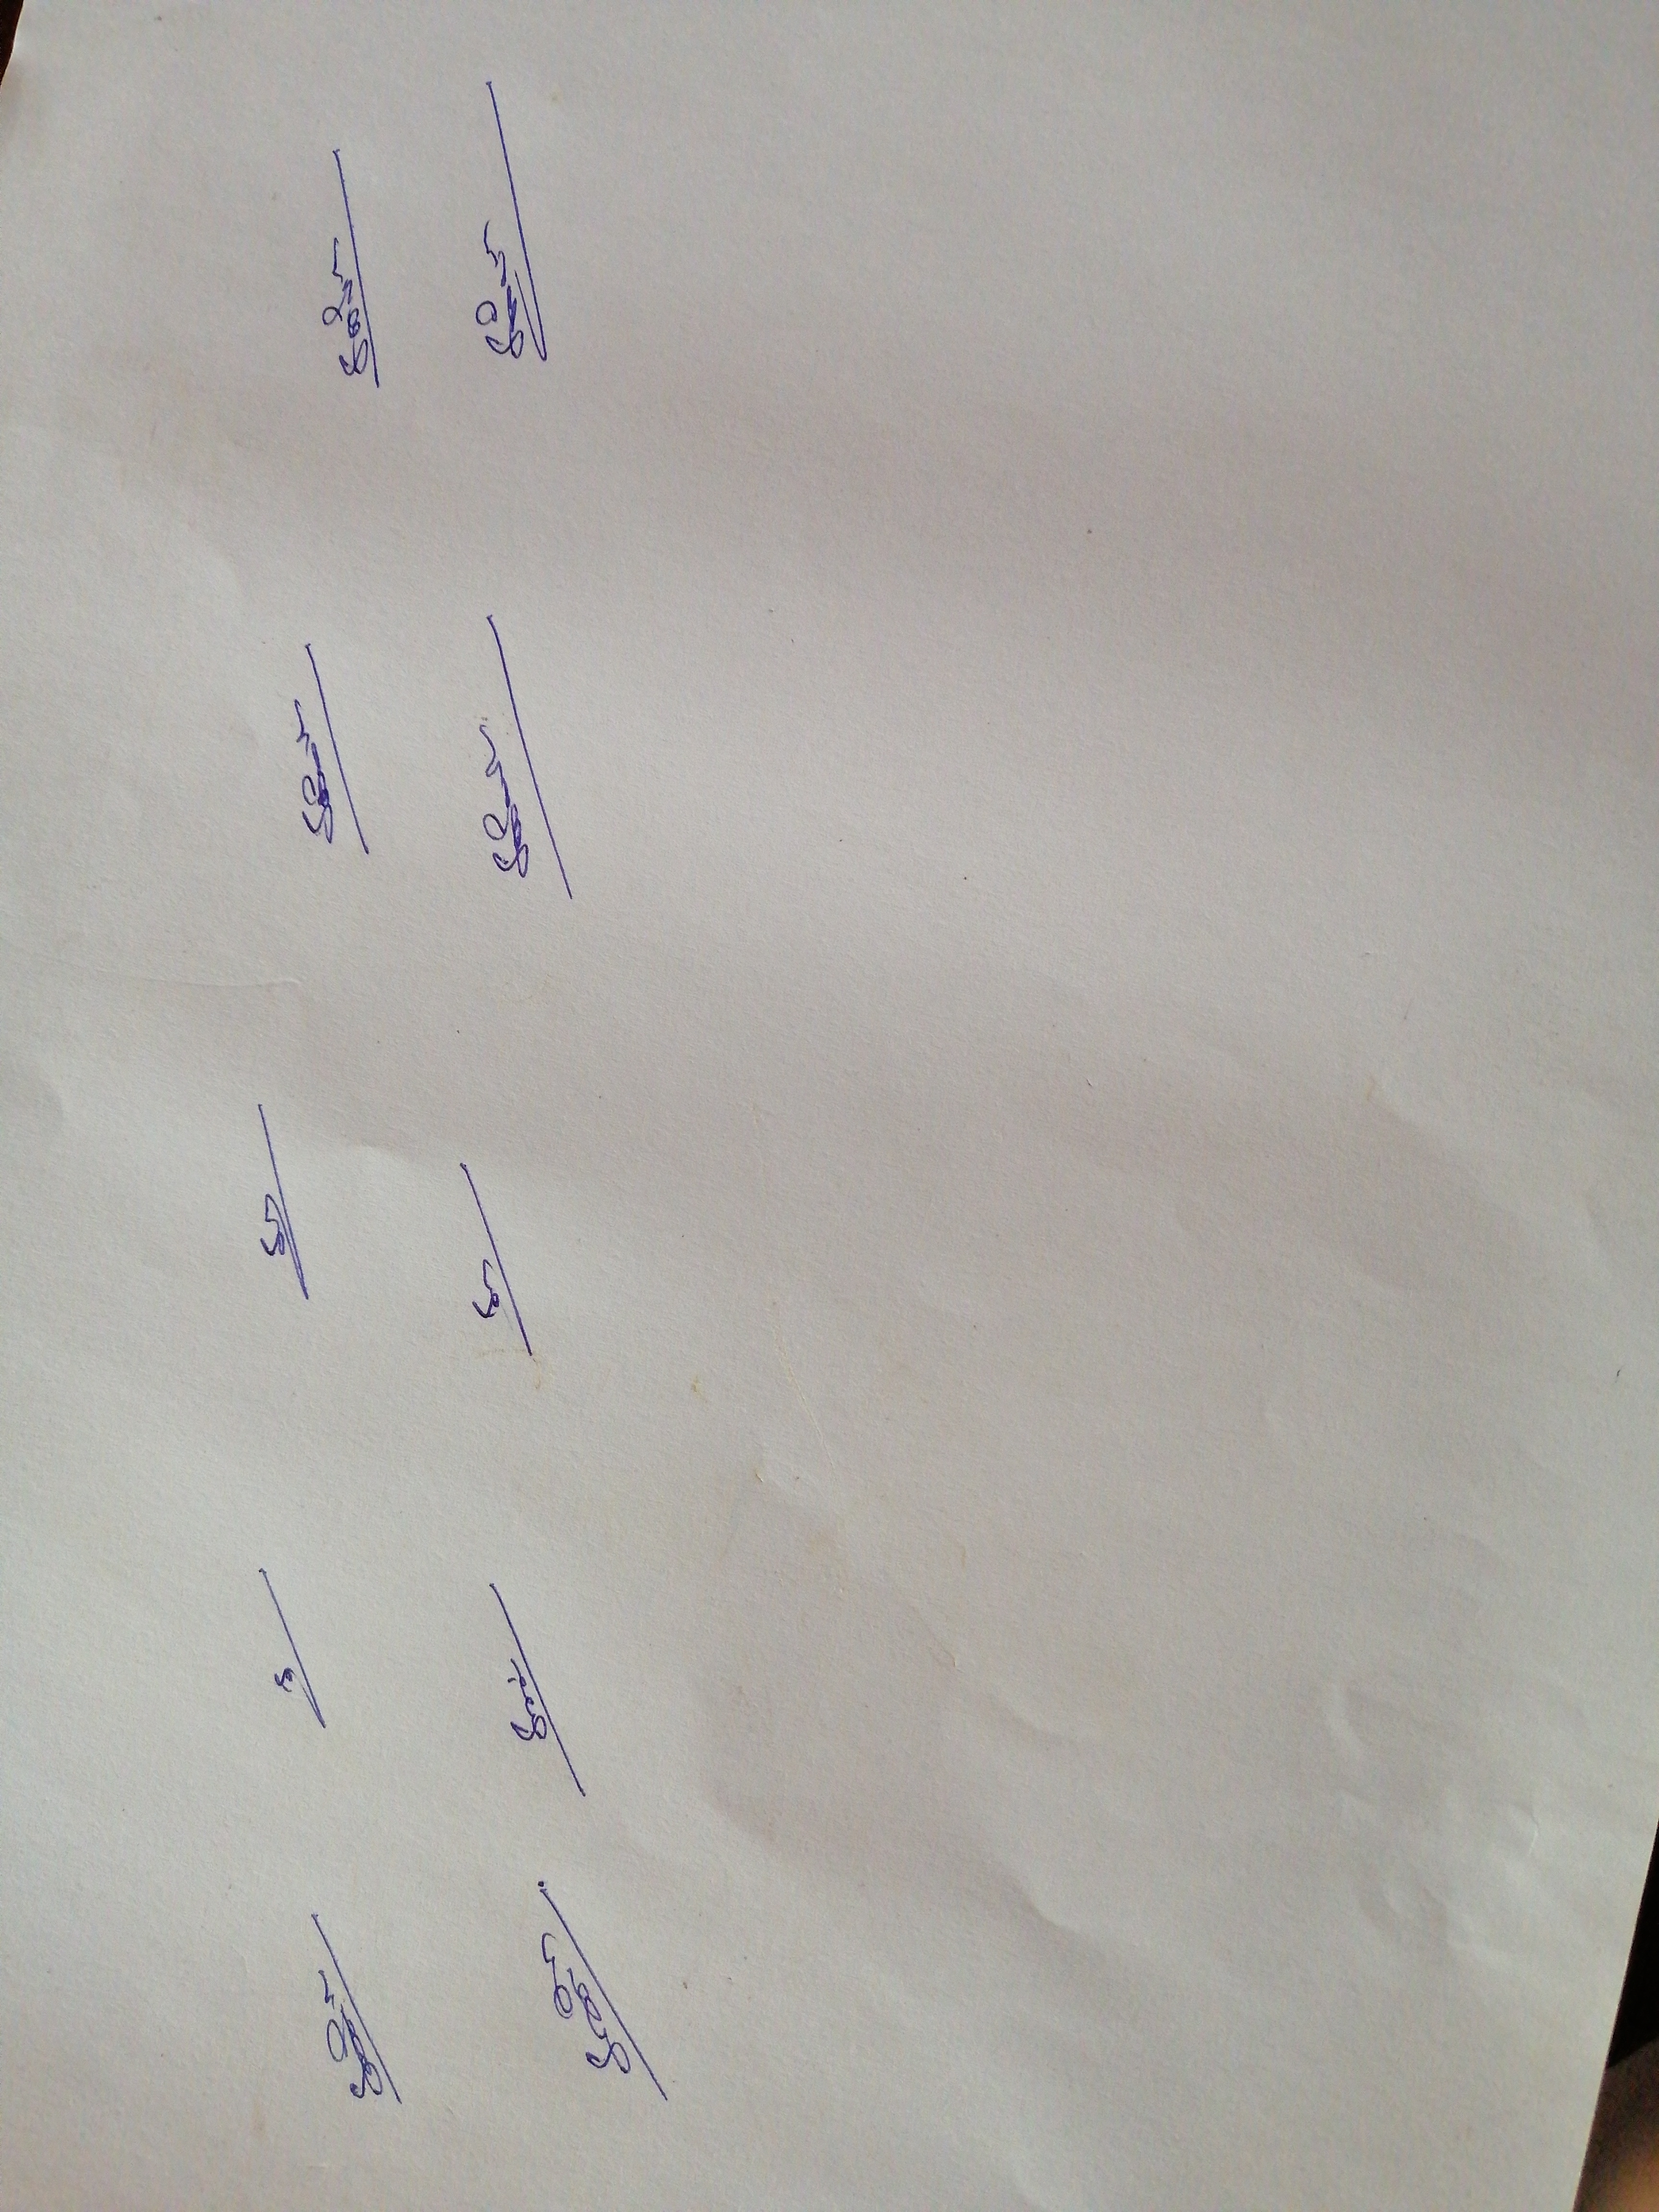
Signature authenticity: genuine